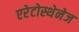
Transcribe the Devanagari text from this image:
एरेटोस्थेनेज